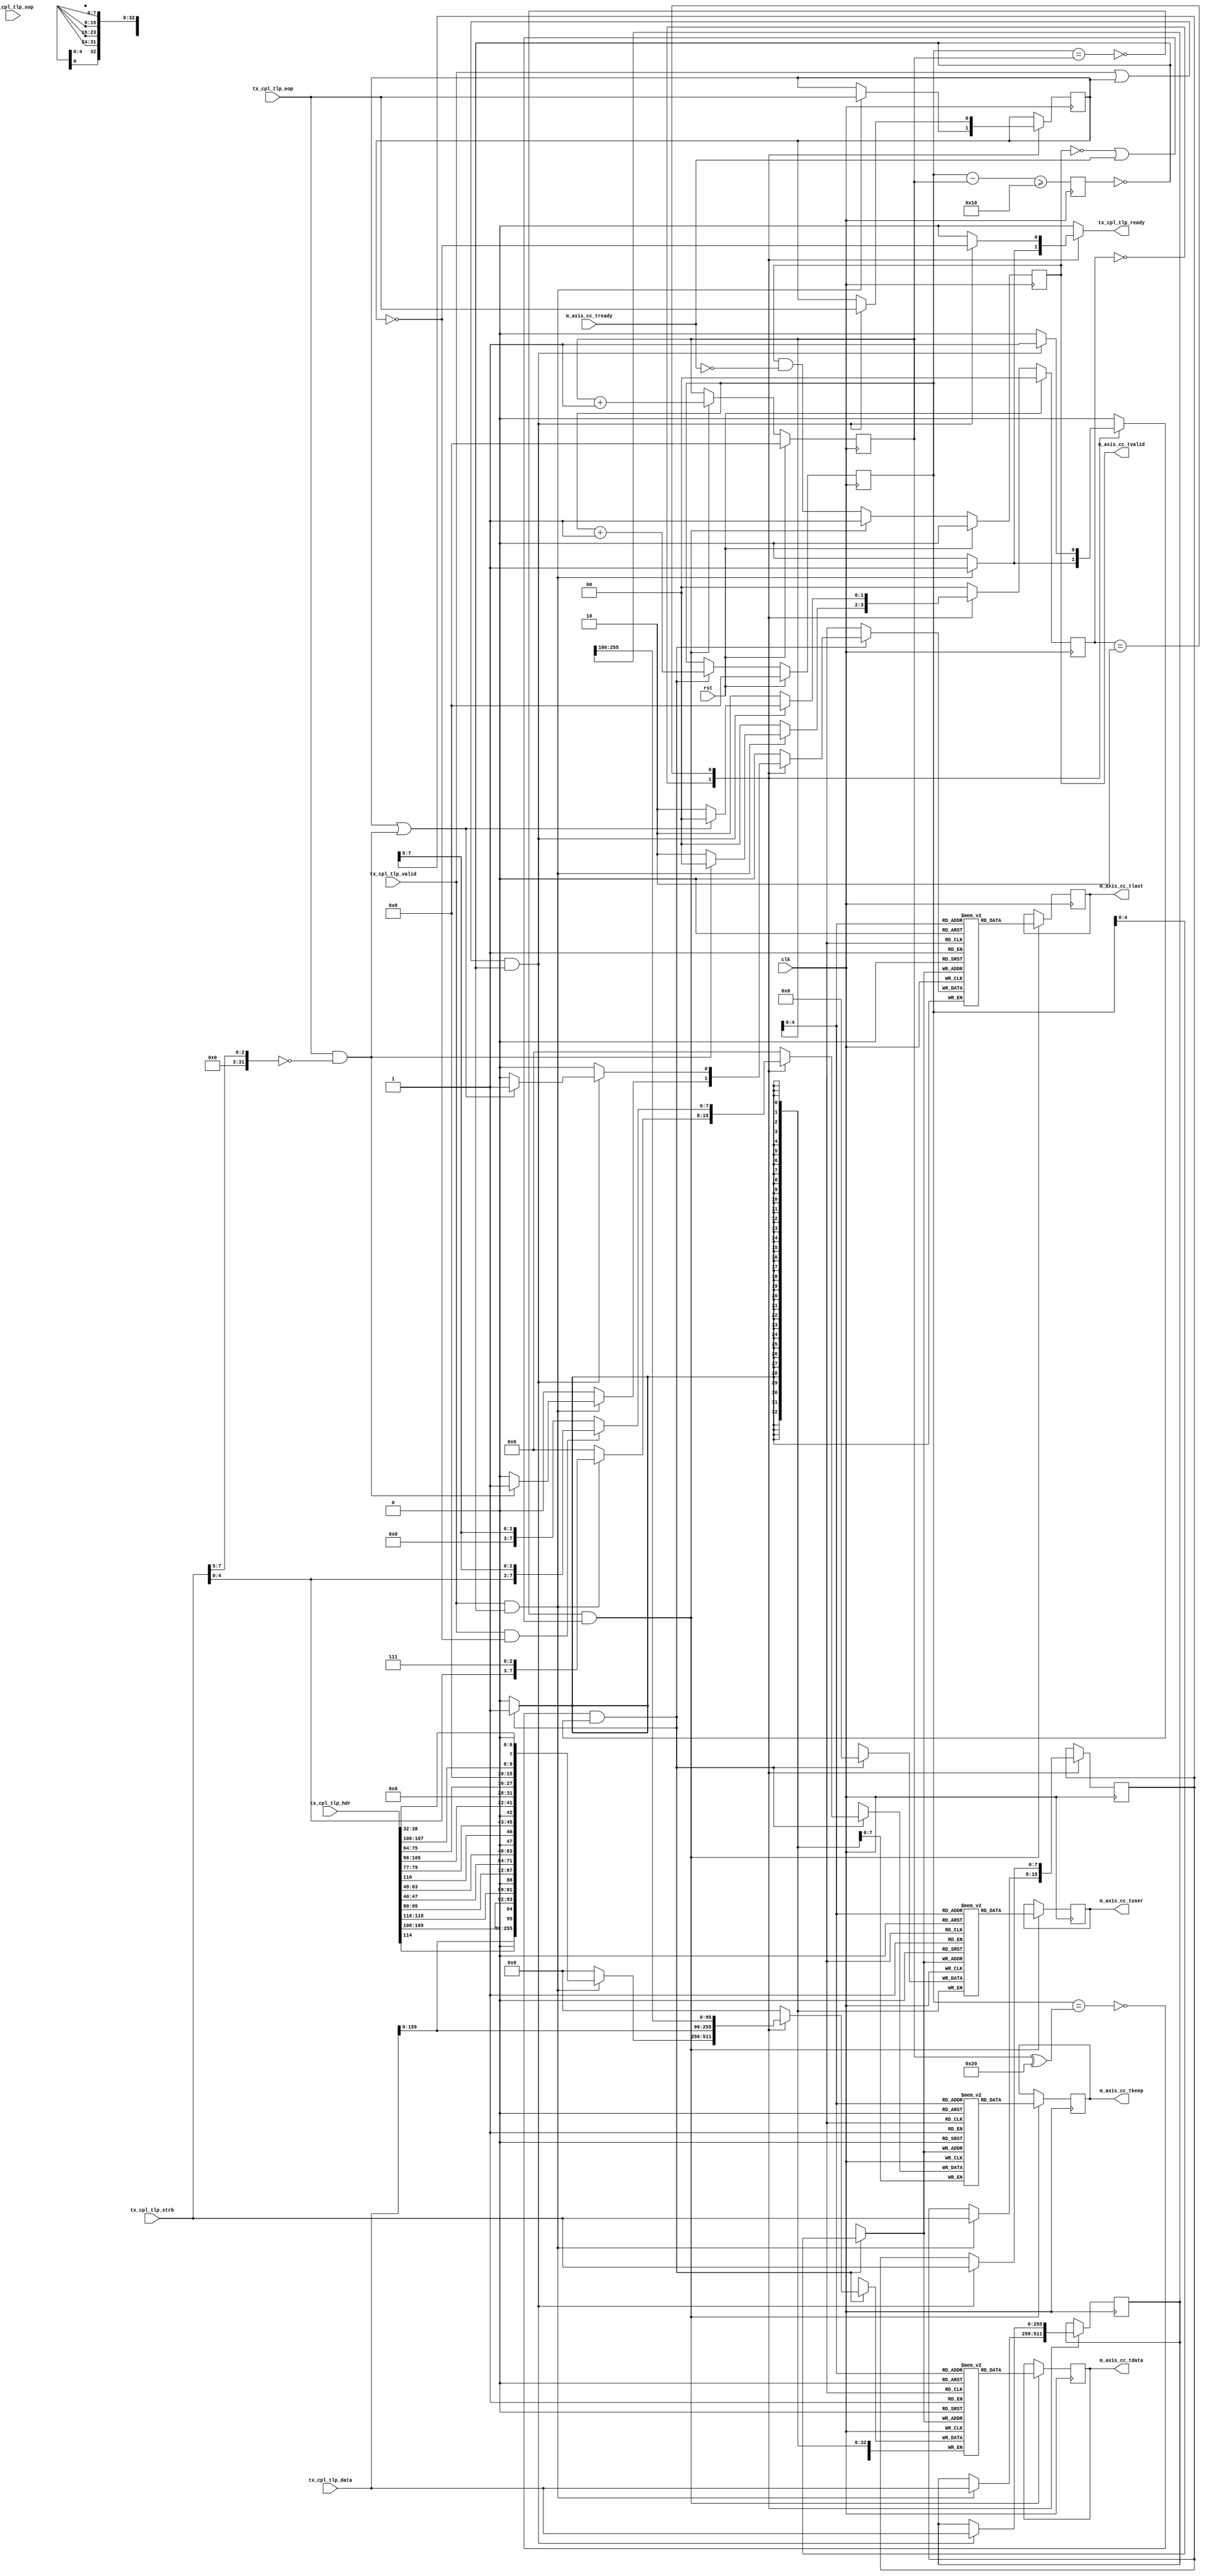
/*

Copyright (c) 2021 Alex Forencich

Permission is hereby granted, free of charge, to any person obtaining a copy
of this software and associated documentation files (the "Software"), to deal
in the Software without restriction, including without limitation the rights
to use, copy, modify, merge, publish, distribute, sublicense, and/or sell
copies of the Software, and to permit persons to whom the Software is
furnished to do so, subject to the following conditions:

The above copyright notice and this permission notice shall be included in
all copies or substantial portions of the Software.

THE SOFTWARE IS PROVIDED "AS IS", WITHOUT WARRANTY OF ANY KIND, EXPRESS OR
IMPLIED, INCLUDING BUT NOT LIMITED TO THE WARRANTIES OF MERCHANTABILITY
FITNESS FOR A PARTICULAR PURPOSE AND NONINFRINGEMENT. IN NO EVENT SHALL THE
AUTHORS OR COPYRIGHT HOLDERS BE LIABLE FOR ANY CLAIM, DAMAGES OR OTHER
LIABILITY, WHETHER IN AN ACTION OF CONTRACT, TORT OR OTHERWISE, ARISING FROM,
OUT OF OR IN CONNECTION WITH THE SOFTWARE OR THE USE OR OTHER DEALINGS IN
THE SOFTWARE.

*/

// Language: Verilog 2001

`resetall
`timescale 1ns / 1ps
`default_nettype none

/*
 * Xilinx UltraScale PCIe interface adapter (Completer Completion)
 */
module pcie_us_if_cc #
(
    // Width of PCIe AXI stream interfaces in bits
    parameter AXIS_PCIE_DATA_WIDTH = 256,
    // PCIe AXI stream tkeep signal width (words per cycle)
    parameter AXIS_PCIE_KEEP_WIDTH = (AXIS_PCIE_DATA_WIDTH/32),
    // PCIe AXI stream CC tuser signal width
    parameter AXIS_PCIE_CC_USER_WIDTH = AXIS_PCIE_DATA_WIDTH < 512 ? 33 : 81,
    // TLP segment count
    parameter TLP_SEG_COUNT = 1,
    // TLP segment data width
    parameter TLP_SEG_DATA_WIDTH = AXIS_PCIE_DATA_WIDTH/TLP_SEG_COUNT,
    // TLP segment strobe width
    parameter TLP_SEG_STRB_WIDTH = TLP_SEG_DATA_WIDTH/32,
    // TLP segment header width
    parameter TLP_SEG_HDR_WIDTH = 128
)
(
    input  wire                                         clk,
    input  wire                                         rst,

    /*
     * AXI output (CC)
     */
    output wire [AXIS_PCIE_DATA_WIDTH-1:0]              m_axis_cc_tdata,
    output wire [AXIS_PCIE_KEEP_WIDTH-1:0]              m_axis_cc_tkeep,
    output wire                                         m_axis_cc_tvalid,
    input  wire                                         m_axis_cc_tready,
    output wire                                         m_axis_cc_tlast,
    output wire [AXIS_PCIE_CC_USER_WIDTH-1:0]           m_axis_cc_tuser,

    /*
     * TLP input (completion from BAR)
     */
    input  wire [TLP_SEG_COUNT*TLP_SEG_DATA_WIDTH-1:0]  tx_cpl_tlp_data,
    input  wire [TLP_SEG_COUNT*TLP_SEG_STRB_WIDTH-1:0]  tx_cpl_tlp_strb,
    input  wire [TLP_SEG_COUNT*TLP_SEG_HDR_WIDTH-1:0]   tx_cpl_tlp_hdr,
    input  wire [TLP_SEG_COUNT-1:0]                     tx_cpl_tlp_valid,
    input  wire [TLP_SEG_COUNT-1:0]                     tx_cpl_tlp_sop,
    input  wire [TLP_SEG_COUNT-1:0]                     tx_cpl_tlp_eop,
    output wire                                         tx_cpl_tlp_ready
);

parameter TLP_DATA_WIDTH = TLP_SEG_COUNT*TLP_SEG_DATA_WIDTH;
parameter TLP_STRB_WIDTH = TLP_SEG_COUNT*TLP_SEG_STRB_WIDTH;
parameter TLP_DATA_WIDTH_BYTES = TLP_DATA_WIDTH/8;
parameter TLP_DATA_WIDTH_DWORDS = TLP_DATA_WIDTH/32;

parameter OUTPUT_FIFO_ADDR_WIDTH = 5;

// bus width assertions
initial begin
    if (AXIS_PCIE_DATA_WIDTH != 64 && AXIS_PCIE_DATA_WIDTH != 128 && AXIS_PCIE_DATA_WIDTH != 256 && AXIS_PCIE_DATA_WIDTH != 512) begin
        $error("Error: PCIe interface width must be 64, 128, 256, or 512 (instance %m)");
        $finish;
    end

    if (AXIS_PCIE_KEEP_WIDTH * 32 != AXIS_PCIE_DATA_WIDTH) begin
        $error("Error: PCIe interface requires dword (32-bit) granularity (instance %m)");
        $finish;
    end

    if (AXIS_PCIE_DATA_WIDTH == 512) begin
        if (AXIS_PCIE_CC_USER_WIDTH != 81) begin
            $error("Error: PCIe CC tuser width must be 81 (instance %m)");
            $finish;
        end
    end else begin
        if (AXIS_PCIE_CC_USER_WIDTH != 33) begin
            $error("Error: PCIe CC tuser width must be 33 (instance %m)");
            $finish;
        end
    end

    if (TLP_SEG_COUNT != 1) begin
        $error("Error: TLP segment count must be 1 (instance %m)");
        $finish;
    end

    if (TLP_SEG_COUNT*TLP_SEG_DATA_WIDTH != AXIS_PCIE_DATA_WIDTH) begin
        $error("Error: Interface widths must match (instance %m)");
        $finish;
    end

    if (TLP_SEG_HDR_WIDTH != 128) begin
        $error("Error: TLP segment header width must be 128 (instance %m)");
        $finish;
    end
end

localparam [2:0]
    TLP_FMT_3DW = 3'b000,
    TLP_FMT_4DW = 3'b001,
    TLP_FMT_3DW_DATA = 3'b010,
    TLP_FMT_4DW_DATA = 3'b011,
    TLP_FMT_PREFIX = 3'b100;

localparam [2:0]
    CPL_STATUS_SC  = 3'b000, // successful completion
    CPL_STATUS_UR  = 3'b001, // unsupported request
    CPL_STATUS_CRS = 3'b010, // configuration request retry status
    CPL_STATUS_CA  = 3'b100; // completer abort

reg tx_cpl_tlp_ready_cmb;

assign tx_cpl_tlp_ready = tx_cpl_tlp_ready_cmb;

// process outgoing TLPs
localparam [1:0]
    TLP_OUTPUT_STATE_IDLE = 2'd0,
    TLP_OUTPUT_STATE_HEADER = 2'd1,
    TLP_OUTPUT_STATE_PAYLOAD = 2'd2;

reg [1:0] tlp_output_state_reg = TLP_OUTPUT_STATE_IDLE, tlp_output_state_next;

reg [TLP_SEG_COUNT*TLP_SEG_DATA_WIDTH-1:0] out_tlp_data_reg = 0, out_tlp_data_next;
reg [TLP_SEG_COUNT*TLP_SEG_STRB_WIDTH-1:0] out_tlp_strb_reg = 0, out_tlp_strb_next;
reg [TLP_SEG_COUNT-1:0] out_tlp_eop_reg = 0, out_tlp_eop_next;

reg [2:0] tx_cpl_tlp_hdr_fmt;
reg [4:0] tx_cpl_tlp_hdr_type;
reg [2:0] tx_cpl_tlp_hdr_tc;
reg tx_cpl_tlp_hdr_ln;
reg tx_cpl_tlp_hdr_th;
reg tx_cpl_tlp_hdr_td;
reg tx_cpl_tlp_hdr_ep;
reg [2:0] tx_cpl_tlp_hdr_attr;
reg [1:0] tx_cpl_tlp_hdr_at;
reg [9:0] tx_cpl_tlp_hdr_length;
reg [15:0] tx_cpl_tlp_hdr_completer_id;
reg [2:0] tx_cpl_tlp_hdr_cpl_status;
reg tx_cpl_tlp_hdr_bcm;
reg [11:0] tx_cpl_tlp_hdr_byte_count;
reg [15:0] tx_cpl_tlp_hdr_requester_id;
reg [9:0] tx_cpl_tlp_hdr_tag;
reg [6:0] tx_cpl_tlp_hdr_lower_addr;

reg [95:0] tlp_header_data;
reg [AXIS_PCIE_CC_USER_WIDTH-1:0] tlp_tuser;

reg  [AXIS_PCIE_DATA_WIDTH-1:0]    m_axis_cc_tdata_int = 0;
reg  [AXIS_PCIE_KEEP_WIDTH-1:0]    m_axis_cc_tkeep_int = 0;
reg                                m_axis_cc_tvalid_int = 0;
wire                               m_axis_cc_tready_int;
reg                                m_axis_cc_tlast_int = 0;
reg  [AXIS_PCIE_CC_USER_WIDTH-1:0] m_axis_cc_tuser_int = 0;

always @* begin
    tlp_output_state_next = TLP_OUTPUT_STATE_IDLE;

    out_tlp_data_next = out_tlp_data_reg;
    out_tlp_strb_next = out_tlp_strb_reg;
    out_tlp_eop_next = out_tlp_eop_reg;

    tx_cpl_tlp_ready_cmb = 1'b0;

    // TLP header parsing
    // DW 0
    tx_cpl_tlp_hdr_fmt = tx_cpl_tlp_hdr[127:125]; // fmt
    tx_cpl_tlp_hdr_type = tx_cpl_tlp_hdr[124:120]; // type
    tx_cpl_tlp_hdr_tag[9] = tx_cpl_tlp_hdr[119]; // T9
    tx_cpl_tlp_hdr_tc = tx_cpl_tlp_hdr[118:116]; // TC
    tx_cpl_tlp_hdr_tag[8] = tx_cpl_tlp_hdr[115]; // T8
    tx_cpl_tlp_hdr_attr[2] = tx_cpl_tlp_hdr[114]; // attr
    tx_cpl_tlp_hdr_ln = tx_cpl_tlp_hdr[113]; // LN
    tx_cpl_tlp_hdr_th = tx_cpl_tlp_hdr[112]; // TH
    tx_cpl_tlp_hdr_td = tx_cpl_tlp_hdr[111]; // TD
    tx_cpl_tlp_hdr_ep = tx_cpl_tlp_hdr[110]; // EP
    tx_cpl_tlp_hdr_attr[1:0] = tx_cpl_tlp_hdr[109:108]; // attr
    tx_cpl_tlp_hdr_at = tx_cpl_tlp_hdr[107:106]; // AT
    tx_cpl_tlp_hdr_length = tx_cpl_tlp_hdr[105:96]; // length
    // DW 1
    tx_cpl_tlp_hdr_completer_id = tx_cpl_tlp_hdr[95:80]; // completer ID
    tx_cpl_tlp_hdr_cpl_status = tx_cpl_tlp_hdr[79:77]; // completion status
    tx_cpl_tlp_hdr_bcm = tx_cpl_tlp_hdr[76]; // BCM
    tx_cpl_tlp_hdr_byte_count = tx_cpl_tlp_hdr[75:64]; // byte count
    // DW 2
    tx_cpl_tlp_hdr_requester_id = tx_cpl_tlp_hdr[63:48]; // requester ID
    tx_cpl_tlp_hdr_tag[7:0] = tx_cpl_tlp_hdr[47:40]; // tag
    tx_cpl_tlp_hdr_lower_addr = tx_cpl_tlp_hdr[38:32]; // lower address

    tlp_header_data[6:0] = tx_cpl_tlp_hdr_lower_addr; // lower address
    tlp_header_data[7] = 1'b0;
    tlp_header_data[9:8] = tx_cpl_tlp_hdr_at; // AT
    tlp_header_data[15:10] = 6'd0;
    tlp_header_data[28:16] = tx_cpl_tlp_hdr_byte_count; // Byte count
    tlp_header_data[29] = 1'b0; // locked read completion
    tlp_header_data[31:30] = 2'd0;
    tlp_header_data[42:32] = tx_cpl_tlp_hdr_length; // DWORD count
    tlp_header_data[45:43] = tx_cpl_tlp_hdr_cpl_status; // completion status
    tlp_header_data[46] = tx_cpl_tlp_hdr_ep; // poisoned
    tlp_header_data[47] = 1'b0;
    tlp_header_data[63:48] = tx_cpl_tlp_hdr_requester_id; // requester ID
    tlp_header_data[71:64] = tx_cpl_tlp_hdr_tag; // tag
    tlp_header_data[87:72] = tx_cpl_tlp_hdr_completer_id; // completer ID
    tlp_header_data[88] = 1'b0; // completer ID enable
    tlp_header_data[91:89] = tx_cpl_tlp_hdr_tc; // TC
    tlp_header_data[94:92] = tx_cpl_tlp_hdr_attr; // attr
    tlp_header_data[95] = 1'b0; // force ECRC

    if (AXIS_PCIE_DATA_WIDTH == 512) begin
        tlp_tuser[1:0] = 2'b01; // is_sop
        tlp_tuser[3:2] = 2'd0; // is_sop0_ptr
        tlp_tuser[5:4] = 2'd0; // is_sop1_ptr
        tlp_tuser[7:6] = 2'b01; // is_eop
        tlp_tuser[11:8]  = 4'd3; // is_eop0_ptr
        tlp_tuser[15:12] = 4'd0; // is_eop1_ptr
        tlp_tuser[16] = 1'b0; // discontinue
        tlp_tuser[80:17] = 64'd0; // parity
    end else begin
        tlp_tuser[0] = 1'b0; // discontinue
        tlp_tuser[32:1] = 32'd0; // parity
    end

    // TLP output
    m_axis_cc_tdata_int = 0;
    m_axis_cc_tkeep_int = 0;
    m_axis_cc_tvalid_int = 1'b0;
    m_axis_cc_tlast_int = 1'b0;
    m_axis_cc_tuser_int = 0;

    // combine header and payload, merge in read request TLPs
    case (tlp_output_state_reg)
        TLP_OUTPUT_STATE_IDLE: begin
            // idle state

            if (tx_cpl_tlp_valid && m_axis_cc_tready_int) begin
                if (AXIS_PCIE_DATA_WIDTH == 64) begin
                    // 64 bit interface, send first half of header
                    m_axis_cc_tdata_int = tlp_header_data[63:0];
                    m_axis_cc_tkeep_int = 2'b11;
                    m_axis_cc_tvalid_int = 1'b1;
                    m_axis_cc_tlast_int = 1'b0;
                    m_axis_cc_tuser_int = tlp_tuser;

                    tlp_output_state_next = TLP_OUTPUT_STATE_HEADER;
                end else begin
                    // wider interface, send header and start of payload
                    m_axis_cc_tdata_int = {tx_cpl_tlp_data, tlp_header_data};
                    m_axis_cc_tkeep_int = {tx_cpl_tlp_strb, 3'b111};
                    m_axis_cc_tvalid_int = 1'b1;
                    m_axis_cc_tlast_int = 1'b0;
                    m_axis_cc_tuser_int = tlp_tuser;

                    tx_cpl_tlp_ready_cmb = 1'b1;

                    out_tlp_data_next = tx_cpl_tlp_data;
                    out_tlp_strb_next = tx_cpl_tlp_strb;
                    out_tlp_eop_next = tx_cpl_tlp_eop;

                    if (tx_cpl_tlp_eop && ((tx_cpl_tlp_strb >> (TLP_DATA_WIDTH_DWORDS-3)) == 0)) begin
                        m_axis_cc_tlast_int = 1'b1;
                        tlp_output_state_next = TLP_OUTPUT_STATE_IDLE;
                    end else begin
                        tlp_output_state_next = TLP_OUTPUT_STATE_PAYLOAD;
                    end
                end
            end else begin
                tlp_output_state_next = TLP_OUTPUT_STATE_IDLE;
            end
        end
        TLP_OUTPUT_STATE_HEADER: begin
            // second cycle of header (64 bit interface width only)
            if (AXIS_PCIE_DATA_WIDTH == 64) begin
                m_axis_cc_tdata_int = {tx_cpl_tlp_data, tlp_header_data[95:64]};
                m_axis_cc_tkeep_int = {tx_cpl_tlp_strb, 1'b1};
                m_axis_cc_tvalid_int = 1'b1;
                m_axis_cc_tlast_int = 1'b0;
                m_axis_cc_tuser_int = tlp_tuser;

                tx_cpl_tlp_ready_cmb = 1'b1;

                out_tlp_data_next = tx_cpl_tlp_data;
                out_tlp_strb_next = tx_cpl_tlp_strb;
                out_tlp_eop_next = tx_cpl_tlp_eop;

                if (tx_cpl_tlp_eop && ((tx_cpl_tlp_strb >> (TLP_DATA_WIDTH_DWORDS-1)) == 0)) begin
                    m_axis_cc_tlast_int = 1'b1;
                    tlp_output_state_next = TLP_OUTPUT_STATE_IDLE;
                end else begin
                    tlp_output_state_next = TLP_OUTPUT_STATE_PAYLOAD;
                end
            end
        end
        TLP_OUTPUT_STATE_PAYLOAD: begin
            // transfer payload
            if (AXIS_PCIE_DATA_WIDTH >= 128) begin
                m_axis_cc_tdata_int = {tx_cpl_tlp_data, out_tlp_data_reg[TLP_DATA_WIDTH-1:TLP_DATA_WIDTH-96]};
                if (tx_cpl_tlp_valid && !out_tlp_eop_reg) begin
                    m_axis_cc_tkeep_int = {tx_cpl_tlp_strb, out_tlp_strb_reg[TLP_STRB_WIDTH-1:TLP_DATA_WIDTH_DWORDS-3]};
                end else begin
                    m_axis_cc_tkeep_int = out_tlp_strb_reg[TLP_STRB_WIDTH-1:TLP_DATA_WIDTH_DWORDS-3];
                end
                m_axis_cc_tlast_int = 1'b0;
                m_axis_cc_tuser_int = tlp_tuser;

                if ((tx_cpl_tlp_valid || out_tlp_eop_reg) && m_axis_cc_tready_int) begin
                    m_axis_cc_tvalid_int = 1'b1;
                    tx_cpl_tlp_ready_cmb = !out_tlp_eop_reg;

                    out_tlp_data_next = tx_cpl_tlp_data;
                    out_tlp_strb_next = tx_cpl_tlp_strb;
                    out_tlp_eop_next = tx_cpl_tlp_eop;

                    if (out_tlp_eop_reg || (tx_cpl_tlp_eop && ((tx_cpl_tlp_strb >> (TLP_DATA_WIDTH_DWORDS-3)) == 0))) begin
                        m_axis_cc_tlast_int = 1'b1;
                        tlp_output_state_next = TLP_OUTPUT_STATE_IDLE;
                    end else begin
                        tlp_output_state_next = TLP_OUTPUT_STATE_PAYLOAD;
                    end
                end else begin
                    tlp_output_state_next = TLP_OUTPUT_STATE_PAYLOAD;
                end
            end else begin
                m_axis_cc_tdata_int = {tx_cpl_tlp_data, out_tlp_data_reg[TLP_DATA_WIDTH-1:TLP_DATA_WIDTH-32]};
                if (tx_cpl_tlp_valid && !out_tlp_eop_reg) begin
                    m_axis_cc_tkeep_int = {tx_cpl_tlp_strb, out_tlp_strb_reg[TLP_STRB_WIDTH-1:TLP_DATA_WIDTH_DWORDS-1]};
                end else begin
                    m_axis_cc_tkeep_int = out_tlp_strb_reg[TLP_STRB_WIDTH-1:TLP_DATA_WIDTH_DWORDS-1];
                end
                m_axis_cc_tlast_int = 1'b0;
                m_axis_cc_tuser_int = tlp_tuser;

                if ((tx_cpl_tlp_valid || out_tlp_eop_reg) && m_axis_cc_tready_int) begin
                    m_axis_cc_tvalid_int = 1'b1;
                    tx_cpl_tlp_ready_cmb = !out_tlp_eop_reg;

                    out_tlp_data_next = tx_cpl_tlp_data;
                    out_tlp_strb_next = tx_cpl_tlp_strb;
                    out_tlp_eop_next = tx_cpl_tlp_eop;

                    if (out_tlp_eop_reg || (tx_cpl_tlp_eop && ((tx_cpl_tlp_strb >> (TLP_DATA_WIDTH_DWORDS-1)) == 0))) begin
                        m_axis_cc_tlast_int = 1'b1;
                        tlp_output_state_next = TLP_OUTPUT_STATE_IDLE;
                    end else begin
                        tlp_output_state_next = TLP_OUTPUT_STATE_PAYLOAD;
                    end
                end else begin
                    tlp_output_state_next = TLP_OUTPUT_STATE_PAYLOAD;
                end
            end
        end
    endcase
end

always @(posedge clk) begin
    tlp_output_state_reg <= tlp_output_state_next;

    out_tlp_data_reg <= out_tlp_data_next;
    out_tlp_strb_reg <= out_tlp_strb_next;
    out_tlp_eop_reg <= out_tlp_eop_next;

    if (rst) begin
        tlp_output_state_reg <= TLP_OUTPUT_STATE_IDLE;
    end
end

// output datapath logic (PCIe TLP)
reg [AXIS_PCIE_DATA_WIDTH-1:0]    m_axis_cc_tdata_reg = {AXIS_PCIE_DATA_WIDTH{1'b0}};
reg [AXIS_PCIE_KEEP_WIDTH-1:0]    m_axis_cc_tkeep_reg = {AXIS_PCIE_KEEP_WIDTH{1'b0}};
reg                               m_axis_cc_tvalid_reg = 1'b0, m_axis_cc_tvalid_next;
reg                               m_axis_cc_tlast_reg = 1'b0;
reg [AXIS_PCIE_CC_USER_WIDTH-1:0] m_axis_cc_tuser_reg = {AXIS_PCIE_CC_USER_WIDTH{1'b0}};

reg [OUTPUT_FIFO_ADDR_WIDTH+1-1:0] out_fifo_wr_ptr_reg = 0;
reg [OUTPUT_FIFO_ADDR_WIDTH+1-1:0] out_fifo_rd_ptr_reg = 0;
reg out_fifo_half_full_reg = 1'b0;

wire out_fifo_full = out_fifo_wr_ptr_reg == (out_fifo_rd_ptr_reg ^ {1'b1, {OUTPUT_FIFO_ADDR_WIDTH{1'b0}}});
wire out_fifo_empty = out_fifo_wr_ptr_reg == out_fifo_rd_ptr_reg;

(* ram_style = "distributed" *)
reg [AXIS_PCIE_DATA_WIDTH-1:0]    out_fifo_tdata[2**OUTPUT_FIFO_ADDR_WIDTH-1:0];
(* ram_style = "distributed" *)
reg [AXIS_PCIE_KEEP_WIDTH-1:0]    out_fifo_tkeep[2**OUTPUT_FIFO_ADDR_WIDTH-1:0];
(* ram_style = "distributed" *)
reg                               out_fifo_tlast[2**OUTPUT_FIFO_ADDR_WIDTH-1:0];
(* ram_style = "distributed" *)
reg [AXIS_PCIE_CC_USER_WIDTH-1:0] out_fifo_tuser[2**OUTPUT_FIFO_ADDR_WIDTH-1:0];

assign m_axis_cc_tready_int = !out_fifo_half_full_reg;

assign m_axis_cc_tdata = m_axis_cc_tdata_reg;
assign m_axis_cc_tkeep = m_axis_cc_tkeep_reg;
assign m_axis_cc_tvalid = m_axis_cc_tvalid_reg;
assign m_axis_cc_tlast = m_axis_cc_tlast_reg;
assign m_axis_cc_tuser = m_axis_cc_tuser_reg;

always @(posedge clk) begin
    m_axis_cc_tvalid_reg <= m_axis_cc_tvalid_reg && !m_axis_cc_tready;

    out_fifo_half_full_reg <= $unsigned(out_fifo_wr_ptr_reg - out_fifo_rd_ptr_reg) >= 2**(OUTPUT_FIFO_ADDR_WIDTH-1);

    if (!out_fifo_full && m_axis_cc_tvalid_int) begin
        out_fifo_tdata[out_fifo_wr_ptr_reg[OUTPUT_FIFO_ADDR_WIDTH-1:0]] <= m_axis_cc_tdata_int;
        out_fifo_tkeep[out_fifo_wr_ptr_reg[OUTPUT_FIFO_ADDR_WIDTH-1:0]] <= m_axis_cc_tkeep_int;
        out_fifo_tlast[out_fifo_wr_ptr_reg[OUTPUT_FIFO_ADDR_WIDTH-1:0]] <= m_axis_cc_tlast_int;
        out_fifo_tuser[out_fifo_wr_ptr_reg[OUTPUT_FIFO_ADDR_WIDTH-1:0]] <= m_axis_cc_tuser_int;
        out_fifo_wr_ptr_reg <= out_fifo_wr_ptr_reg + 1;
    end

    if (!out_fifo_empty && (!m_axis_cc_tvalid_reg || m_axis_cc_tready)) begin
        m_axis_cc_tdata_reg <= out_fifo_tdata[out_fifo_rd_ptr_reg[OUTPUT_FIFO_ADDR_WIDTH-1:0]];
        m_axis_cc_tkeep_reg <= out_fifo_tkeep[out_fifo_rd_ptr_reg[OUTPUT_FIFO_ADDR_WIDTH-1:0]];
        m_axis_cc_tvalid_reg <= 1'b1;
        m_axis_cc_tlast_reg <= out_fifo_tlast[out_fifo_rd_ptr_reg[OUTPUT_FIFO_ADDR_WIDTH-1:0]];
        m_axis_cc_tuser_reg <= out_fifo_tuser[out_fifo_rd_ptr_reg[OUTPUT_FIFO_ADDR_WIDTH-1:0]];
        out_fifo_rd_ptr_reg <= out_fifo_rd_ptr_reg + 1;
    end

    if (rst) begin
        out_fifo_wr_ptr_reg <= 0;
        out_fifo_rd_ptr_reg <= 0;
        m_axis_cc_tvalid_reg <= 1'b0;
    end
end

endmodule

`resetall